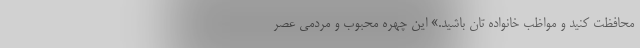
محافظت کنید و مواظب خانواده تان باشید.» این چهره محبوب و مردمی عصر